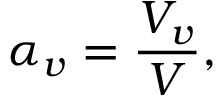
\alpha _ { v } = \frac { V _ { v } } { V } ,